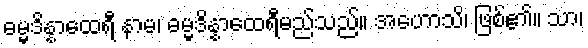
ဓမ္မဒိန္နာထေရီ နာမ၊ ဓမ္မဒိန္နာထေရီမည်သည်။ အဟောသိ၊ ဖြစ်၏။ သာ၊